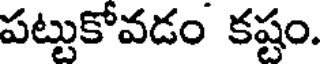
పట్టుకోవడం కష్టం.